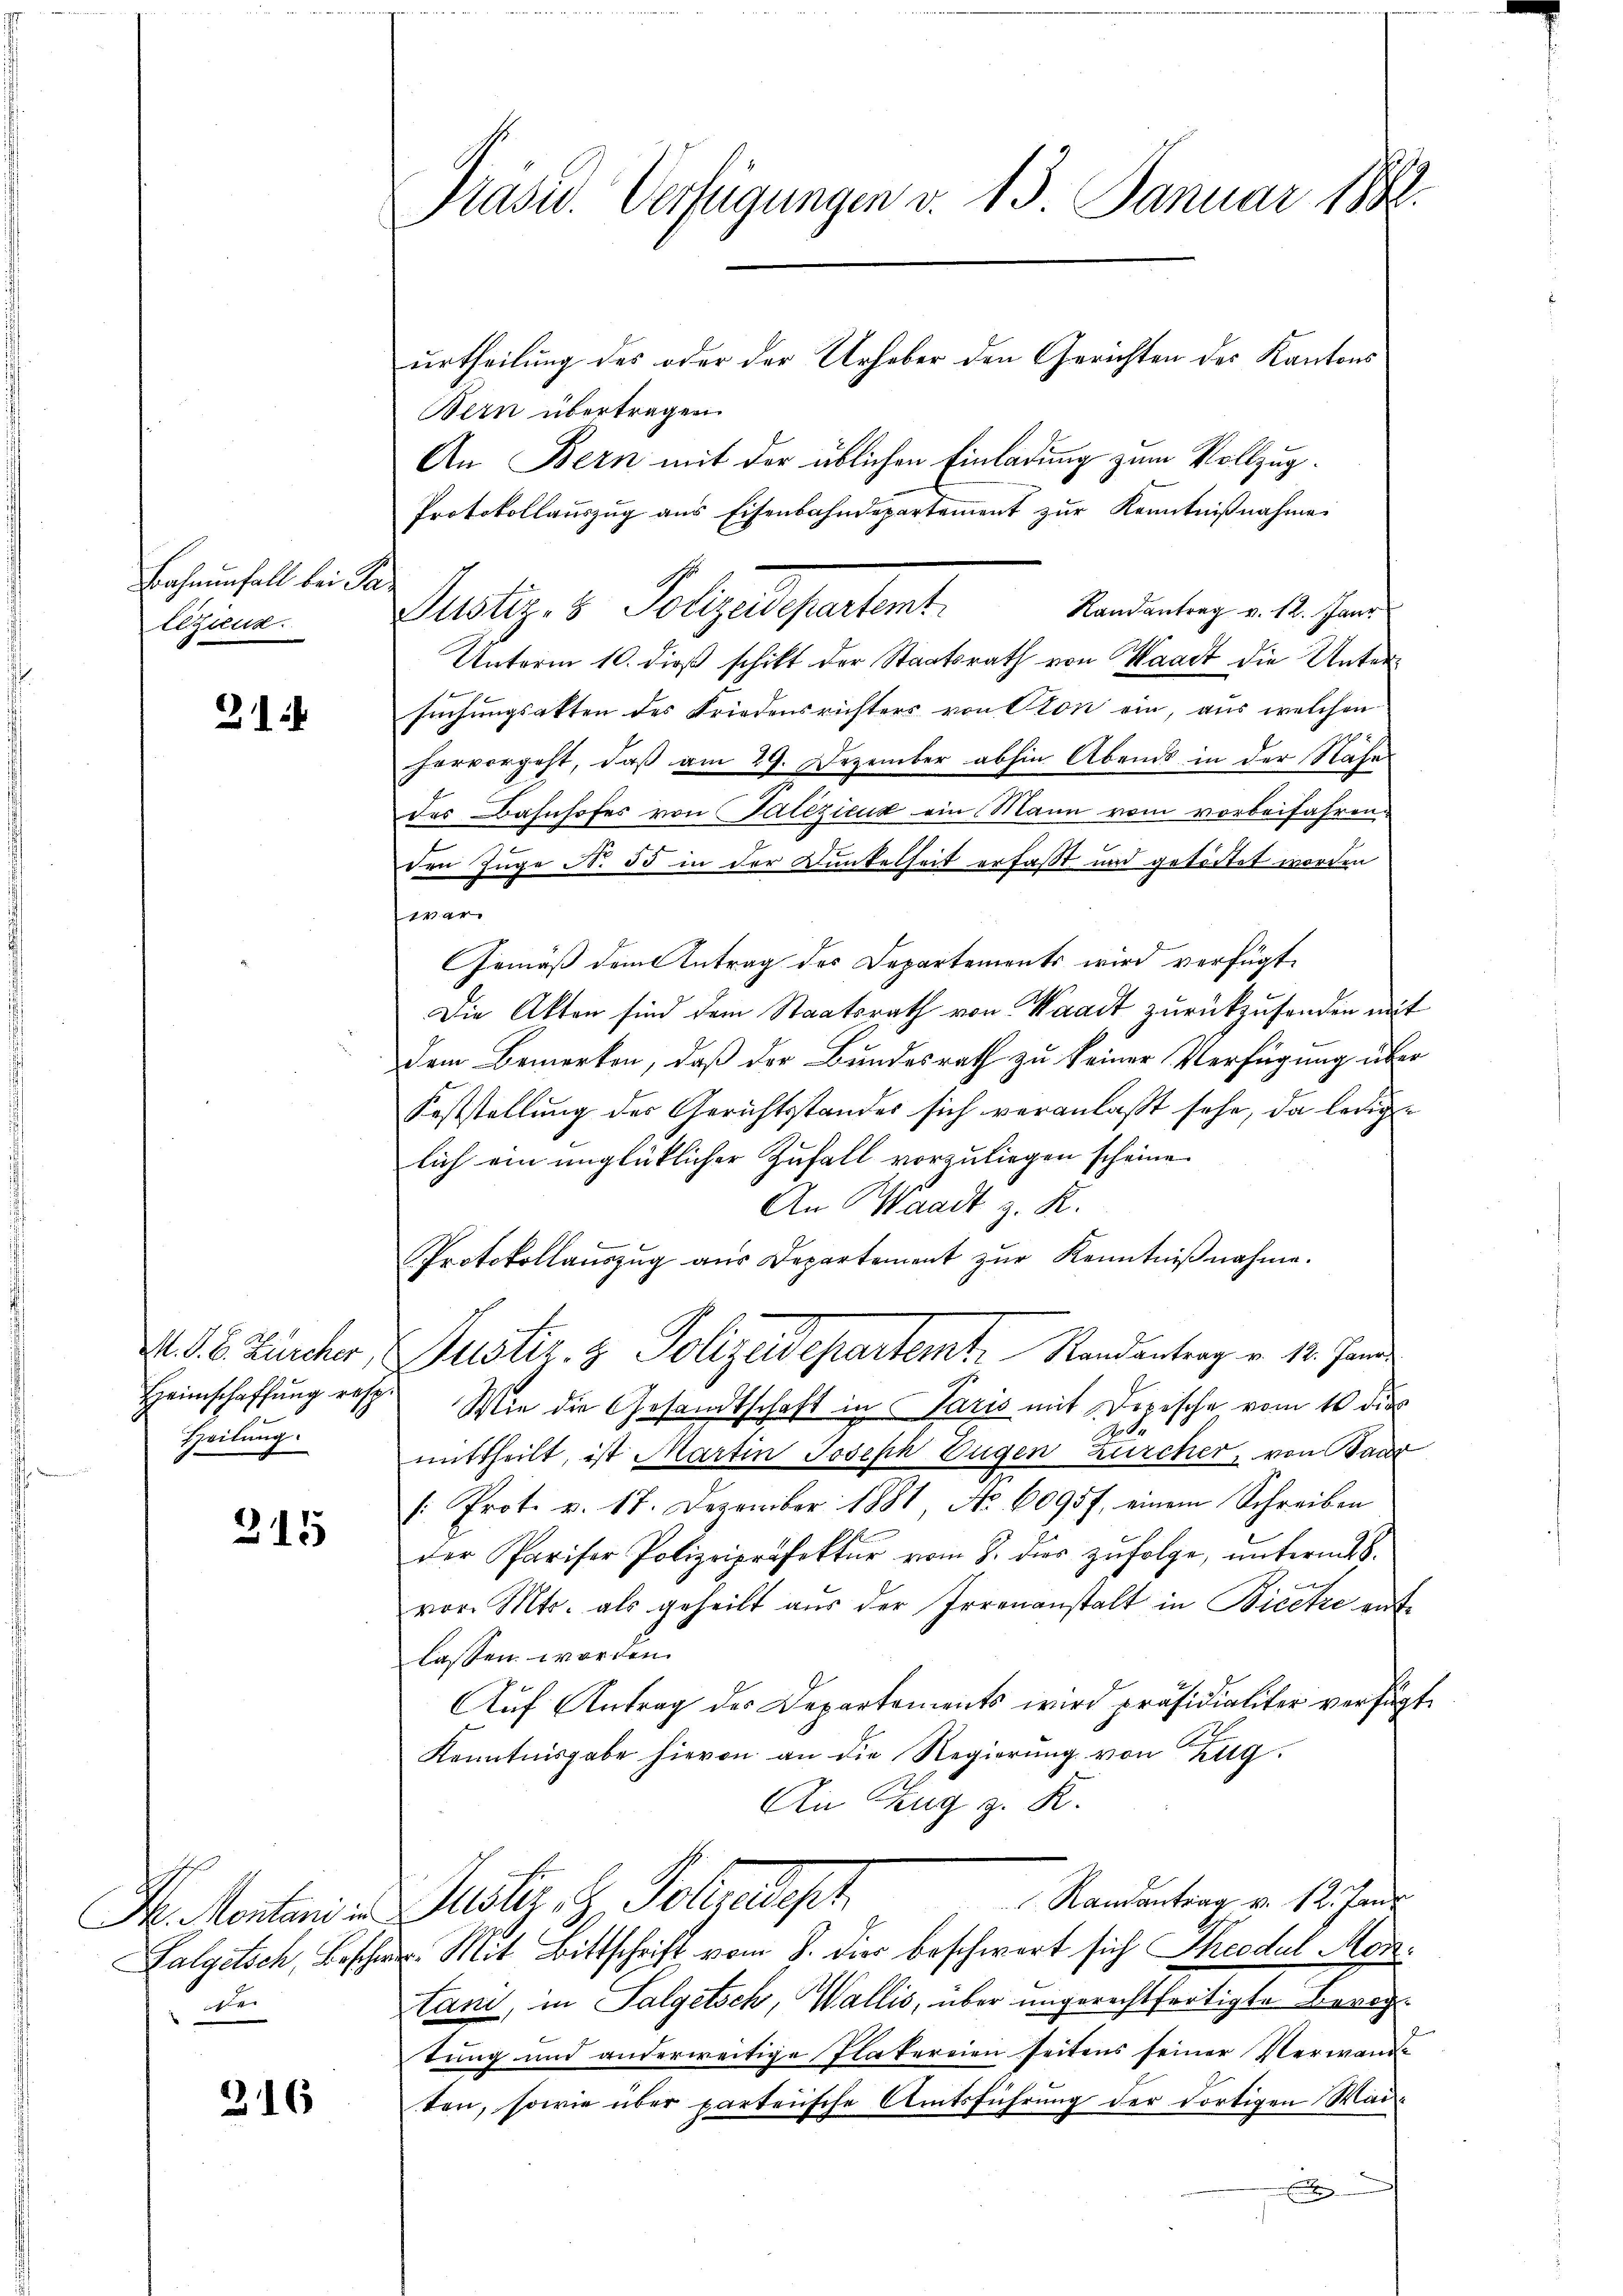
Bahnenfall bei Par
Eezing.

21

Heimschaffung resp.
Heilung

315

de

216

Präsid. Verfügungen v. 13. Januar 1882.

urtheilung des oder der Urheber den Gerichten des Kantons
Bern übertragen.
An Bern mit der üblichen Einladung zum Vollzug¬
Protokollauszug aus Eisenbahndepartement zur Kenntnißnahme
Randantrag v. 12. Janr
Justiz- & Polgelegertent
Unterm 10. dieß schikt der Staatsrath von Waadt die Untersuchungsakten des Friedensrichters von Ston ein, aus welchen
hervorgeht, daß am 29. Dezember abhin Abends in der Nahes
des Bahnhofes von Talezicut ein Mann vom vorbeifahren.
den Zuge N. 55 in der Dunkelheit erfaßt und getödtet worden
war
Gemäß dem Antrag des Departements wird verfügt,
Die Akten sind dem Staatsrath von Waadt zurückzusenden mit
dem Bemerken, daß der Bundesrath zu keiner Verfügung über
Koststellung der Gerichtsstandes sich veranlaßt sehe, da ledig
lich ein unglücklicher Zufall vorzuliegen scheine
An Waadt z. R.
Protokollaŭszŭg aŭs Departement zŭr Kenntniβnahme.
11. d. B. Zürcher, Justiz- & Polizeidepartemt. Randentrag v. 18. Jan
Wie die Gesandtschaft in Paris mit Dorische vom 10 dies
2.
mittheilt, ist Martin Joseph Eugen Zürcher, von Bade
/: Prot. v. 17. Dezember 1881, No 6095 f. einem Schreiben
der Pariser Polizeipräfektur vom 8. dies zŭfolge, ŭnterm 28.
t
vor. Mts. als geheilt aŭs der Irrenanstalt in Bicetze ent-
lassen worden.
Auf Antrag des Departements wird präsidialiter verfügt
Kenntnisgabe hievon an die Regierŭng von Zug.
An Zug z. R.
Randantrag v. 12. Janu
H. Montaria Justi. H. Teleph
Falgetsch, Beschw. Mit Bittschrift vom 8. die beschwert sich Theodul Montani, in Salgetsch, Wallis, über ungerechtfertigte Bewegtung und anderweitige Platereien seitens seiner Verwande
ten, sowie über parteiische Amtsführung der dortigen Wai¬